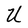
Character: U